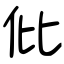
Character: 仳